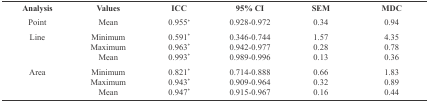
| Analysis | Values | ICC | 95% CI | SEM | MDC |
 | --- | --- | --- | --- | --- | --- |
 | Point | Mean | 0.955* | 0.928-0.972 | 0.34 | 0.94 |
 | Line | Minimum Maximum Mean | 0.591* 0.963* 0.993* | 0.346-0.744 0.942-0.9770.989-0.996 | 1.57 0.28 0.13 | 4.35 0.78 0.36 |
 | Area | Minimum Maximum Mean | 0.821* 0.943* 0.947* | 0.714-0.888 0.909-0.9640.915-0.967 | 0.66 0.32 0.16 | 1.83 0.89 0.44 |